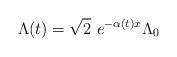
LaTeX: \begin{align*}\hspace*{-6cm}\Lambda (t)=\sqrt{2}\ e^{-\alpha (t)x}\Lambda_0\end{align*}